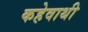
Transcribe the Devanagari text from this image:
कहेवाथी